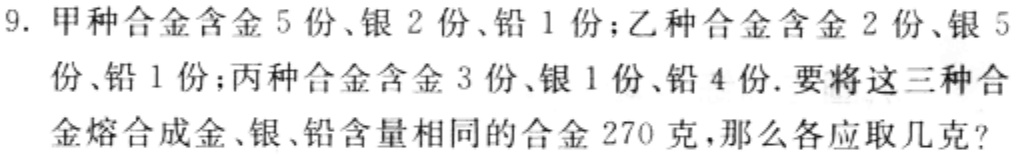
9. 甲种合金含金 5 份、银 2 份、铅 1 份；乙种合金含金 2 份、银 5 份、铅 1 份；丙种合金含金 3 份、银 1 份、铅 4 份. 要将这三种合金熔合成金、银、铅含量相同的合金 270 克，那么各应取几克?